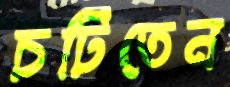
চটিতেন